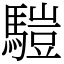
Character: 𩥉